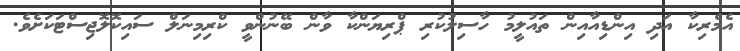
އެމެރިކާ އަދި އިންޑިއާއިން ތައުލީމު ހާސިލުކުރި ޕްރިޔަންކާ ވާން ބޭނުންވީ ކްރިމިނަލް ސައިކޮލޮޖިސްޓަކަށެވެ.